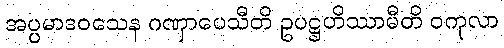
အပ္ပမာဒဝသေန ဂဏှာပေသီတိ ဥပဋ္ဌဟိဿာမီတိ ဝကုလာ